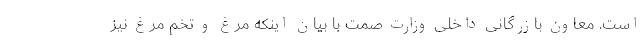
است. معاون بازرگانی داخلی وزارت صمت با بیان اینکه مرغ و تخم مرغ نیز